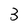
Character: 3